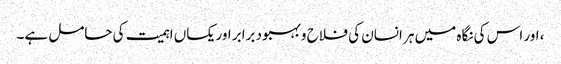
، اور اس کی نگاہ میں ہر انسان کی فلاح و بہبود برابر اور یکساں اہمیت کی حامل ہے۔